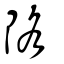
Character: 䧄